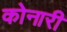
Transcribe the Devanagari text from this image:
कोनारी